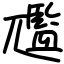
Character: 尶